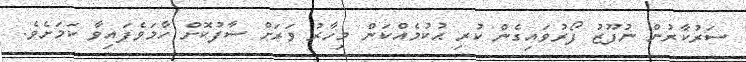
ސަރުކާރުން ނުފޫޒު ފޯރުވައިގެން ކުރި ޙުކުމެއްކަން މިހާރު ވަރަށް ސާފުކޮށް ހާމަވެފައިވާ ކަމަށެވެ.